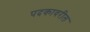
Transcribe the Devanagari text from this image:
पदकावरील